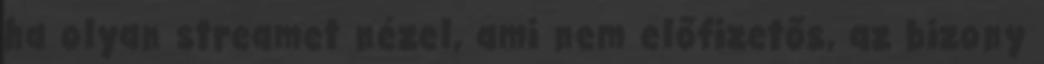
ha olyan streamet nézel, ami nem előfizetős, az bizony